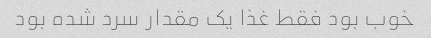
خوب بود فقط غذا یک مقدار سرد شده بود